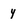
Character: y